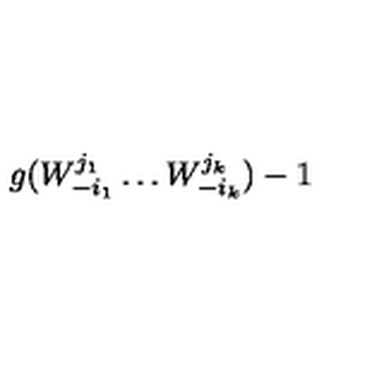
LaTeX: g ( W _ { - i _ { 1 } } ^ { j _ { 1 } } \dots W _ { - i _ { k } } ^ { j _ { k } } ) - 1